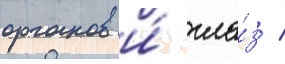
органов и́ гла́з /